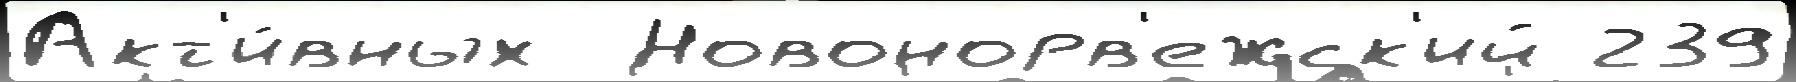
Акт'и́вных  Новонорв'ежск'ий 239